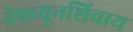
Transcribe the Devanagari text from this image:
नेपच्यूनशिवाय